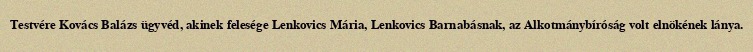
Testvére Kovács Balázs ügyvéd, akinek felesége Lenkovics Mária, Lenkovics Barnabásnak, az Alkotmánybíróság volt elnökének lánya.